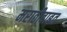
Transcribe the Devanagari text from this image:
मराठीबाबत